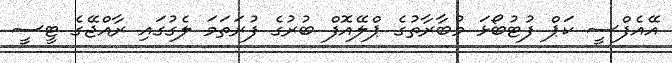
އޭއެފްސީ ކަޕް ފުޓުބޯޅަ މުބާރާތުގެ ޕްލޭއޮފް ބުރުގެ ފުރަތަމަ ލެގުގައި ރާއްޖޭގެ ޓީސީ